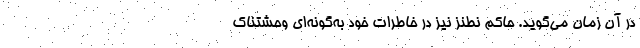
در آن زمان می‌گوید. حاکم نطنز نیز در خاطرات خود به‌گونه‌ای وحشتناک